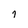
Character: 7